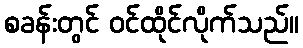
စခန်းတွင် ဝင်ထိုင်လိုက်သည်။